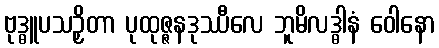
ဗုဒ္ဓူပသဉှိတာ ပုထုဇ္ဇနဒုဿီလေ ဘူမိလဒ္ဓါနံ ဝေါနော